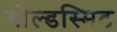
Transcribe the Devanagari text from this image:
गोल्डस्मिट